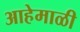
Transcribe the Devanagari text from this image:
आहेमाळी